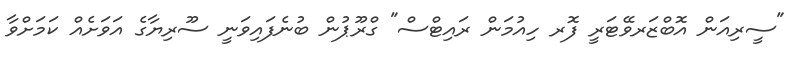
"ސީރިއަން އޮބްޒަރވޭޓަރީ ފޮރ ހިއުމަން ރައިޓްސް" ގްރޫޕުން ބުނެފައިވަނީ ސޫރިޔާގެ އަވަށެއް ކަމަށްވާ